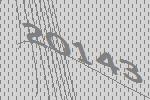
20143